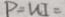
P = U I =